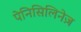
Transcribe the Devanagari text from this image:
पेनिसिलिनेज़